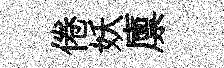
倦妖廪